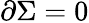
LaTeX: \partial\Sigma=0